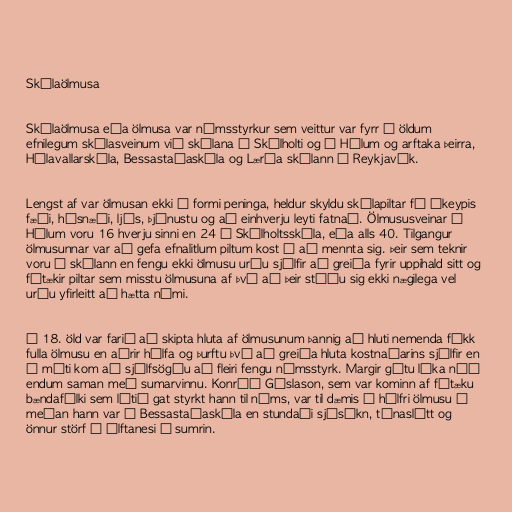
Skólaölmusa

Skólaölmusa eða ölmusa var námsstyrkur sem veittur var fyrr á öldum
efnilegum skólasveinum við skólana í Skálholti og á Hólum og arftaka þeirra,
Hólavallarskóla, Bessastaðaskóla og Lærða skólann í Reykjavík.

Lengst af var ölmusan ekki í formi peninga, heldur skyldu skólapiltar fá ókeypis
fæði, húsnæði, ljós, þjónustu og að einhverju leyti fatnað. Ölmususveinar á
Hólum voru 16 hverju sinni en 24 í Skálholtsskóla, eða alls 40. Tilgangur
ölmusunnar var að gefa efnalitlum piltum kost á að mennta sig. Þeir sem teknir
voru í skólann en fengu ekki ölmusu urðu sjálfir að greiða fyrir uppihald sitt og
fátækir piltar sem misstu ölmusuna af því að þeir stóðu sig ekki nægilega vel
urðu yfirleitt að hætta námi.

Á 18. öld var farið að skipta hluta af ölmusunum þannig að hluti nemenda fékk
fulla ölmusu en aðrir hálfa og þurftu því að greiða hluta kostnaðarins sjálfir en
á móti kom að sjálfsögðu að fleiri fengu námsstyrk. Margir gátu líka náð
endum saman með sumarvinnu. Konráð Gíslason, sem var kominn af fátæku
bændafólki sem lítið gat styrkt hann til náms, var til dæmis á hálfri ölmusu á
meðan hann var í Bessastaðaskóla en stundaði sjósókn, túnaslátt og
önnur störf á Álftanesi á sumrin.